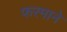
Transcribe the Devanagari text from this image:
फरमाने